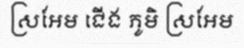
ស្រអែម ជើង ភូមិ ស្រអែម